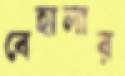
বেহালার